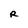
Character: R